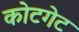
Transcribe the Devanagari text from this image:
कोटगेट